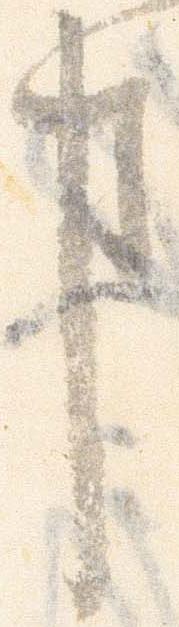
事